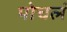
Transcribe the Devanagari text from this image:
पोचलं